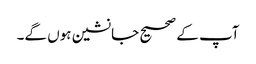
آپ کے صحیح جانشین ہوں گے۔